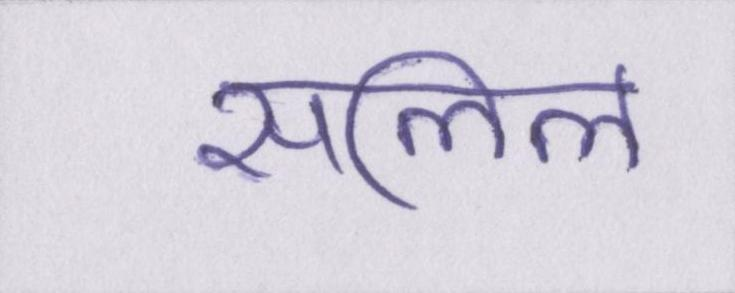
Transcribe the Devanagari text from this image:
सलिल